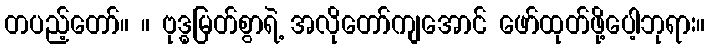
တပည့်တော်။ ။ ဗုဒ္ဓမြတ်စွာရဲ့ အလိုတော်ကျအောင် ဖော်ထုတ်ဖို့ပေါ့ဘုရား။